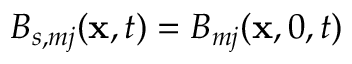
B _ { s , m j } ( \mathbf { x } , t ) = B _ { m j } ( \mathbf { x } , 0 , t )